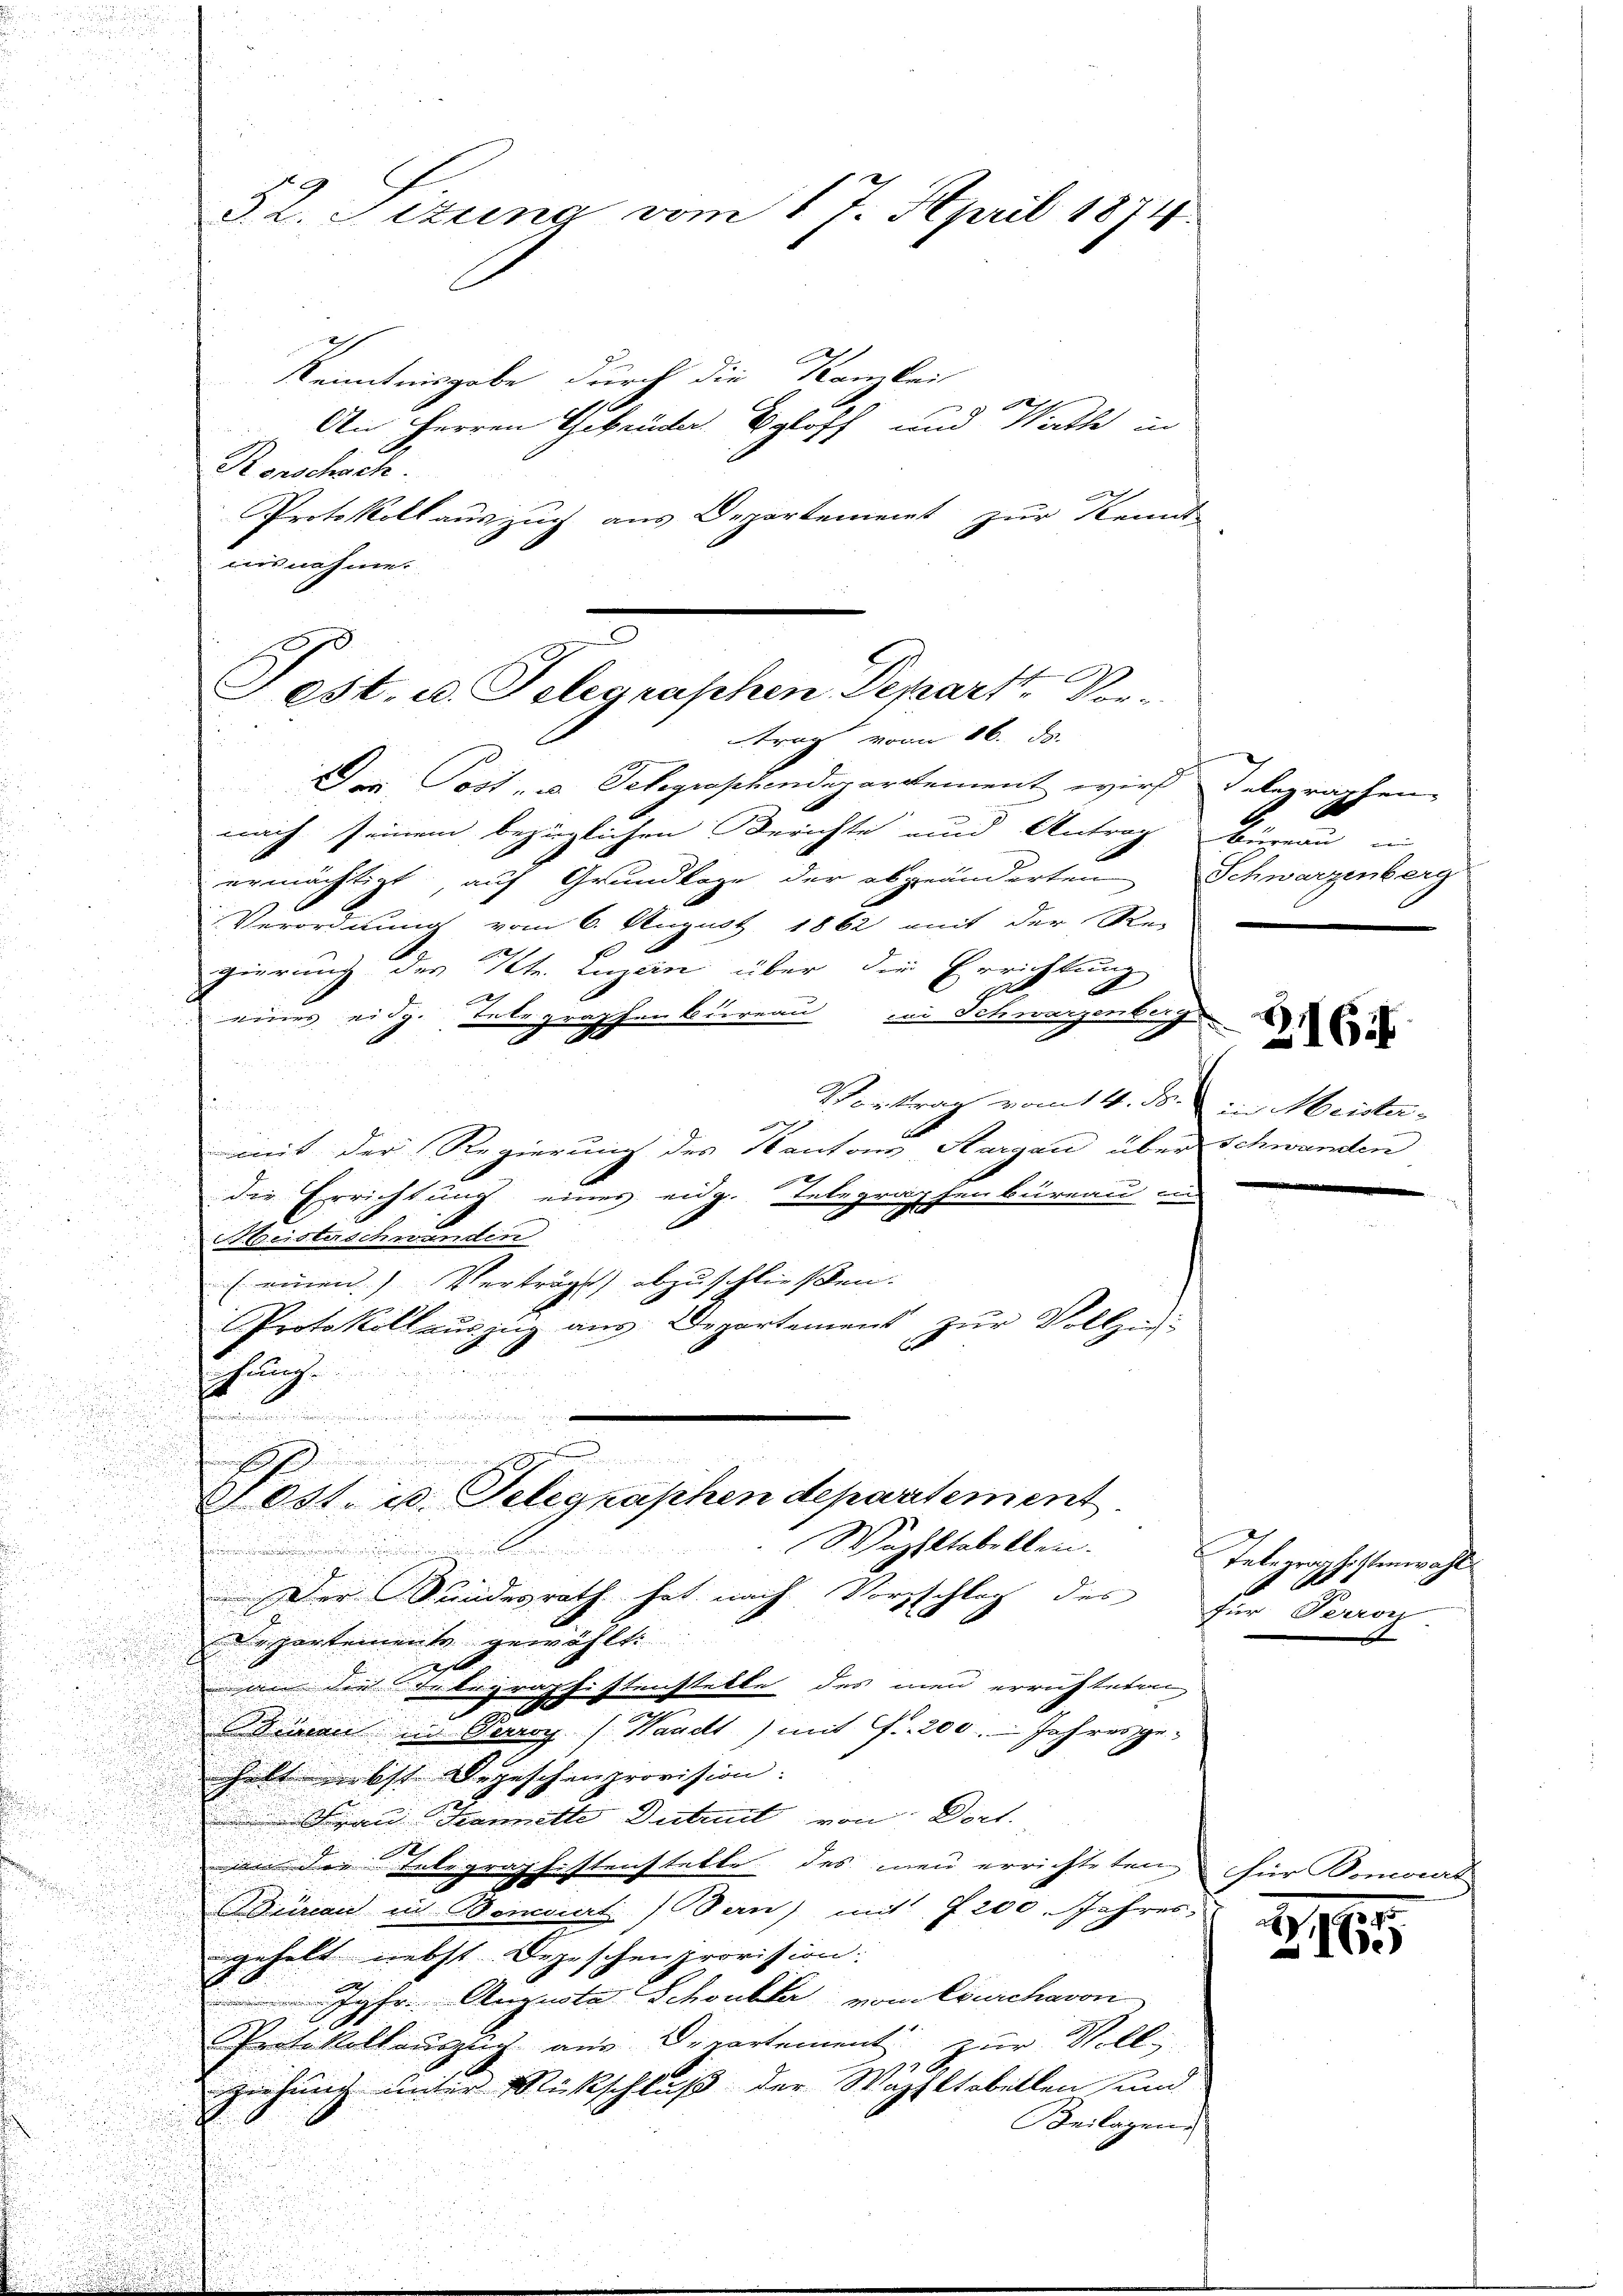
i

§. 2. Sitzung vom 17. April 1874.

Kenntnisgabe durch die Kamkeit
An Herren Tabeunde Egloff und Nath in
Ronchisch
Protokoll auszug aus Departement zur Kennt
aisnahme.
Der Post u. Telegraphendepartement wird Delegraphen-
nach seinem bezüglichen Berichte und Antrag beman in
ermächtigt, auf Grundlage der abgeänderten Schwarzenberg
Verordnung vom 6. August 1862 mit der Re-
gierung des Kt. Luzern über die Errichtung
1
B
A
eines eidg. Entegraphenbureau in Schwarzen u
u
d
Vortrag vom 14. ds. in Meister-
mit der Regierung des Kantons Aargau über Schwanden
die Errichtung eines eidg. Telegraphenbüreau in
Abesterschwanden

(einen Verträgt abzuschließen:
Protokoll auszug aus. Departement
zur Vollzug.
hung.

n
Fost. u. Telegraphen departement

1
u
Wazstabellen.
i
Der Bundesrath hat nach Vorzschlag des
Departement gewählt.
1
n die Telegraphistenstette des men errichtenen
e
Seinen in Perroy (Waadt) mit fr. 200. Jahresge-
helt nebst Depeschenprovision.
 Frau Hannitte Dutant von Dort.
an die Telegraphistenstette des neu errichteten für Bomourr
urien in Bennert (San) mit 7200. Jahres-
gehalt nebst Depeschenprovision.
Jgfr. Auguste Schönster von Burchavon
Protokollauszug aus Departement zur Voll¬
Ziehung unter Rückschluß der Wohltobellen und
Beilagens

Jost, u. Telegraphen Depart. Vertrag vom 26. ds.

.
216 f

Telegraphistenwahl
für Perron
g

.
2.
1